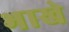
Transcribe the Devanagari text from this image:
भाखे